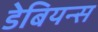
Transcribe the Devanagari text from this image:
डेबियन्स